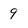
Character: 9